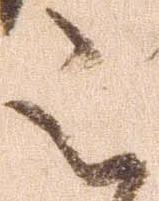
被